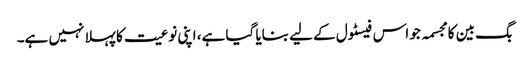
بگ بین کا مجسمہ جو اس فیسٹول کے لیے بنایا گیا ہے، اپنی نوعیت کا پہلا نہیں ہے۔